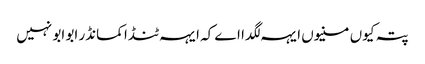
پتہ کیوں منیوں ایہہ لگدا اے کہ ایہہ ٹنڈا کمانڈر ابو ابو نہیں